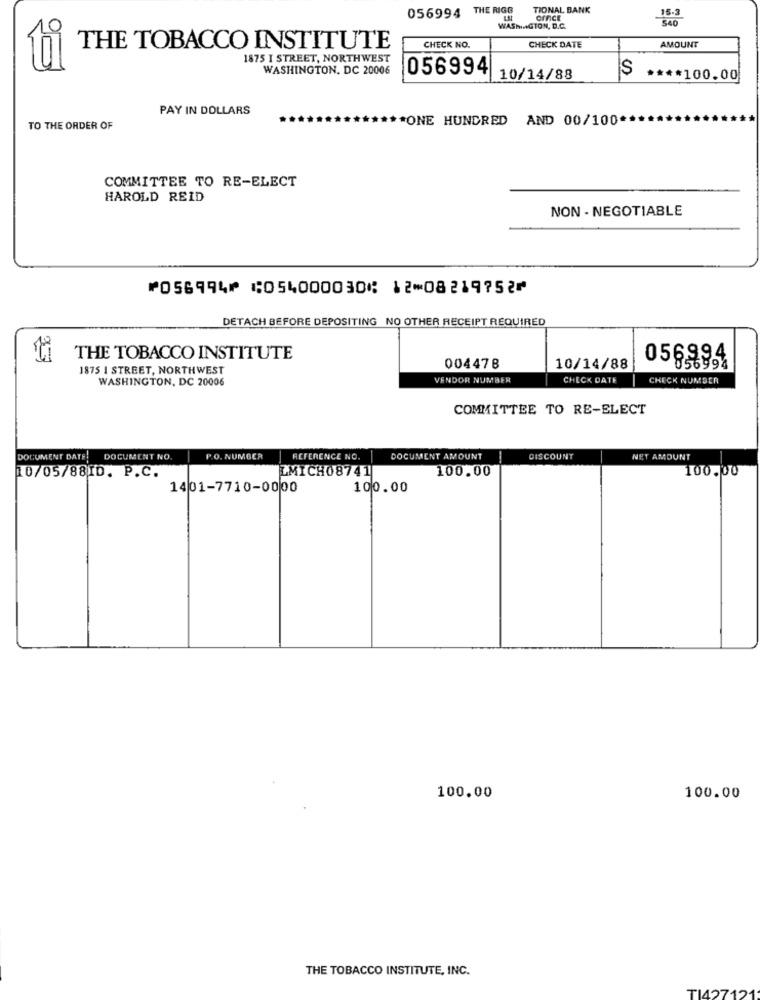
056994 THE RIGG
TIONAL BANK
15.3
office
$40
9
WASHINGTON, D.C.
AMOUNT
THE TOBACCO INSTITUTE
CHECK NO.
CHECK DATE
1875 I STREET, NORTHWEST
WASHINGTON, DC 20006
056994
S
10/14/88
**** 100.00
PAY IN DOLLARS
*ONE HUNDRED AND 00/100*
TO THE ORDER OF
COMMITTEE TO RE-ELECT
HAROLD REID
NON- NEGOTIABLE
⑈056994⑈ ⑆054000030⑆ 12⑉08219752⑈
DETACH BEFORE DEPOSITING NO OTHER RECEIPT REQUIRED
THE TOBACCO INSTITUTE
$994
1875 I STREET, NORTHWEST
004478
10/14/88
05856994
WASHINGTON, DC 20006
VENDOR NUMBER
CHECK DATE
CHECK NUMBER
COMMITTEE TO RE-ELECT
DOCUMENT DATE!
DOCUMENT NO
P.O. NUMBER
REFERENCE NO.
DOCUMENT AMOUNT
-
DISCOUNT
NET AMOUNT
LMICH08741
100.00
100.00
10/05/88ID. P.C.
1401-7710-0000
100.00
100.00
100.00
THE TOBACCO INSTITUTE, INC.
TI427121